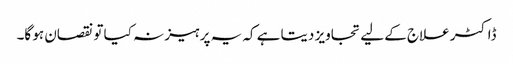
ڈاکٹر علاج کے لیے تجاویز دیتا ہے کہ یہ پرہیز نہ کیا تو نقصان ہو گا۔